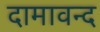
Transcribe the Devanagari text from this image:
दामावन्द